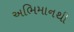
અભિમાનથી